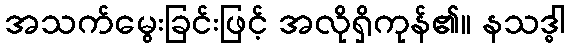
အသက်မွေးခြင်းဖြင့် အလိုရှိကုန်၏။ နသဒ္ဓါ